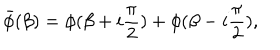
LaTeX: \bar { \phi } ( \beta ) = \phi ( \beta + i { \frac { \pi } { 2 } } ) + \phi ( \beta - i { \frac { \pi } { 2 } } ) ,